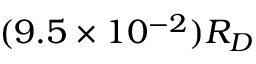
( 9 . 5 \times 1 0 ^ { - 2 } ) R _ { D }